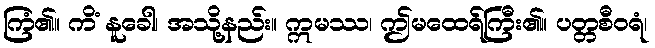
ကြံ၏။ ကိံ နူခေါ၊ အသို့နည်း။ ဣမဿ၊ ဤမထေရ်ကြီး၏။ ပတ္တစီဝရံ၊